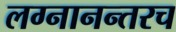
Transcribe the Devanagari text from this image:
लग्नानन्तरच